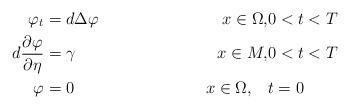
LaTeX: \begin{align*} \varphi_t&= d\Delta \varphi & x\in \Omega,&0<t< T\\ d\frac{\partial \varphi}{\partial \eta}&=\gamma &x\in M,&0<t< T\\\varphi&= 0 & x\in\Omega ,\quad& t=0\end{align*}